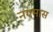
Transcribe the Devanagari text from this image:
नगमास